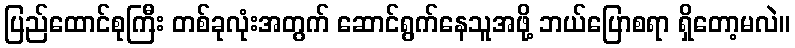
ပြည်ထောင်စုကြီး တစ်ခုလုံးအတွက် ဆောင်ရွက်နေသူအဖို့ ဘယ်ပြောစရာ ရှိတော့မလဲ။